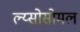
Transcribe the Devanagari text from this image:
ल्य्सोसोमल